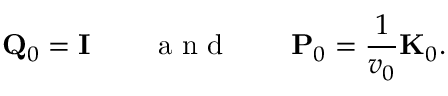
{ \bf Q } _ { 0 } = { \bf I } \qquad \mathrm { ~ a ~ n ~ d ~ } \qquad { \bf P } _ { 0 } = \frac { 1 } { v _ { 0 } } { \bf K } _ { 0 } .